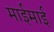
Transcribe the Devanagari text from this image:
माईमाई